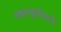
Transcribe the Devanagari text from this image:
महाराष्ट्रगीताचे